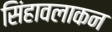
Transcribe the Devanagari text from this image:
सिंहावलाकन